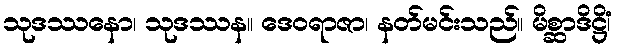
သုဒဿနော၊ သုဒဿန။ ဒေဝရာဇာ၊ နတ်မင်းသည်။ မိစ္ဆာဒိဋ္ဌိံ၊